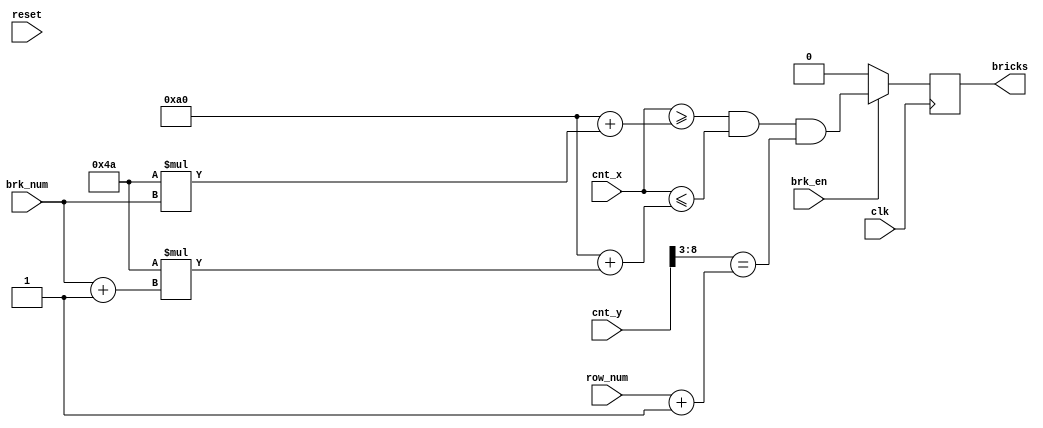
`timescale 1ns / 1ps
//////////////////////////////////////////////////////////////////////////////////
// Company: 
// Engineer: 
// 
// Design Name: 
// Module Name:    bricks 
// Project Name: 
// Target Devices: 
// Tool versions: 
// Description: 
//
// Dependencies: 
//
// Revision: 
// Revision 0.01 - File Created
// Additional Comments: 
//
//////////////////////////////////////////////////////////////////////////////////
module bricks(
  //outputs
  bricks, 
  //inputs
  clk, reset, cnt_x, cnt_y, brk_num, row_num, brk_en
    );

  output bricks;
  input clk, reset, brk_en;
  input [2:0] brk_num;
  input [9:0] cnt_x; 
  input [8:0] cnt_y;
  input [2:0] row_num;
  
  reg bricks;
  
  always @ (posedge clk)
  begin
    if (brk_en)
      bricks <= (cnt_x>=160+74*brk_num) && (cnt_x<=160+74*(brk_num+1)) && (cnt_y[8:3]==(row_num + 1));
    else
      bricks <= 0;
  end

endmodule